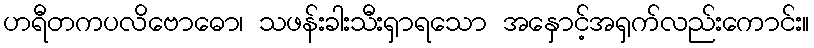
ဟရီတကပလိဗောဓော၊ သဖန်းခါးသီးရှာရသော အနှောင့်အရှက်လည်းကောင်း။